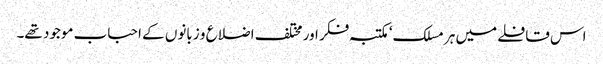
اس قافلے میں ہر مسلک‘ مکتبہ فکر اور مختلف اضلاع و زبانوں کے احباب موجود تھے۔